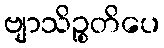
ဗျာသိဉ္စတိပေ